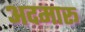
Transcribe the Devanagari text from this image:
अदमारू